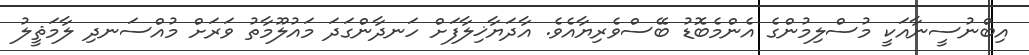
އިބްނުސީނާއަކީ މުސްލިމުންގެ އެންމެބޮޑު ބޭސްވެރިޔާއެވެ. އާދަޔާޚިލާފަށް ހަނދާންގަދަ މައުލޫމާތު ވަރަށް މުއްސަނދި ލާމަޘީލު